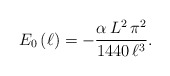
\begin{align*}E_{0}\left( \ell \right) =-\frac{\alpha \, L^{2}\, \pi ^{2}}{1440\, \ell ^{3}}.\end{align*}